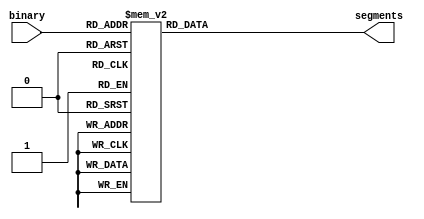

/*
      -- 1 --
     |       |
     6       2
     |       |
      -- 7 --
     |       |
     5       3
     |       |
      -- 4 --
*/

module sevensegdecoder (
    input wire [3:0] binary,
    output reg [6:0] segments
);

    always @(*) begin
        case(binary)
            //                   7654321
            4'h0:  segments = 7'b0111111;
            4'h1:  segments = 7'b0000110;
            4'h2:  segments = 7'b1011011;
            4'h3:  segments = 7'b1001111;

            4'h4:  segments = 7'b1100110;
            4'h5:  segments = 7'b1101101;
            4'h6:  segments = 7'b1111100;
            4'h7:  segments = 7'b0000111;

            4'h8:  segments = 7'b1111111;
            4'h9:  segments = 7'b1100111;

            4'hA:  segments = 7'b1110111;
            4'hb:  segments = 7'b1111100;

            4'hC:  segments = 7'b0111001;
            4'hd:  segments = 7'b1011110;
            4'hE:  segments = 7'b1111001;
            4'hF:  segments = 7'b1110001;

            default:    
                   segments = 7'b0000000;
        endcase
    end

endmodule